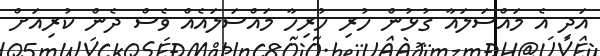
އަދި އެ މައްސަލައާ ގުޅުން ހުރި ހުރިހާ މައްސަލައެއް ވެސް ދެން ކުރިއަށް